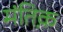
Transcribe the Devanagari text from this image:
मंतिक़